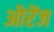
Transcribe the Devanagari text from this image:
ऒरेंज